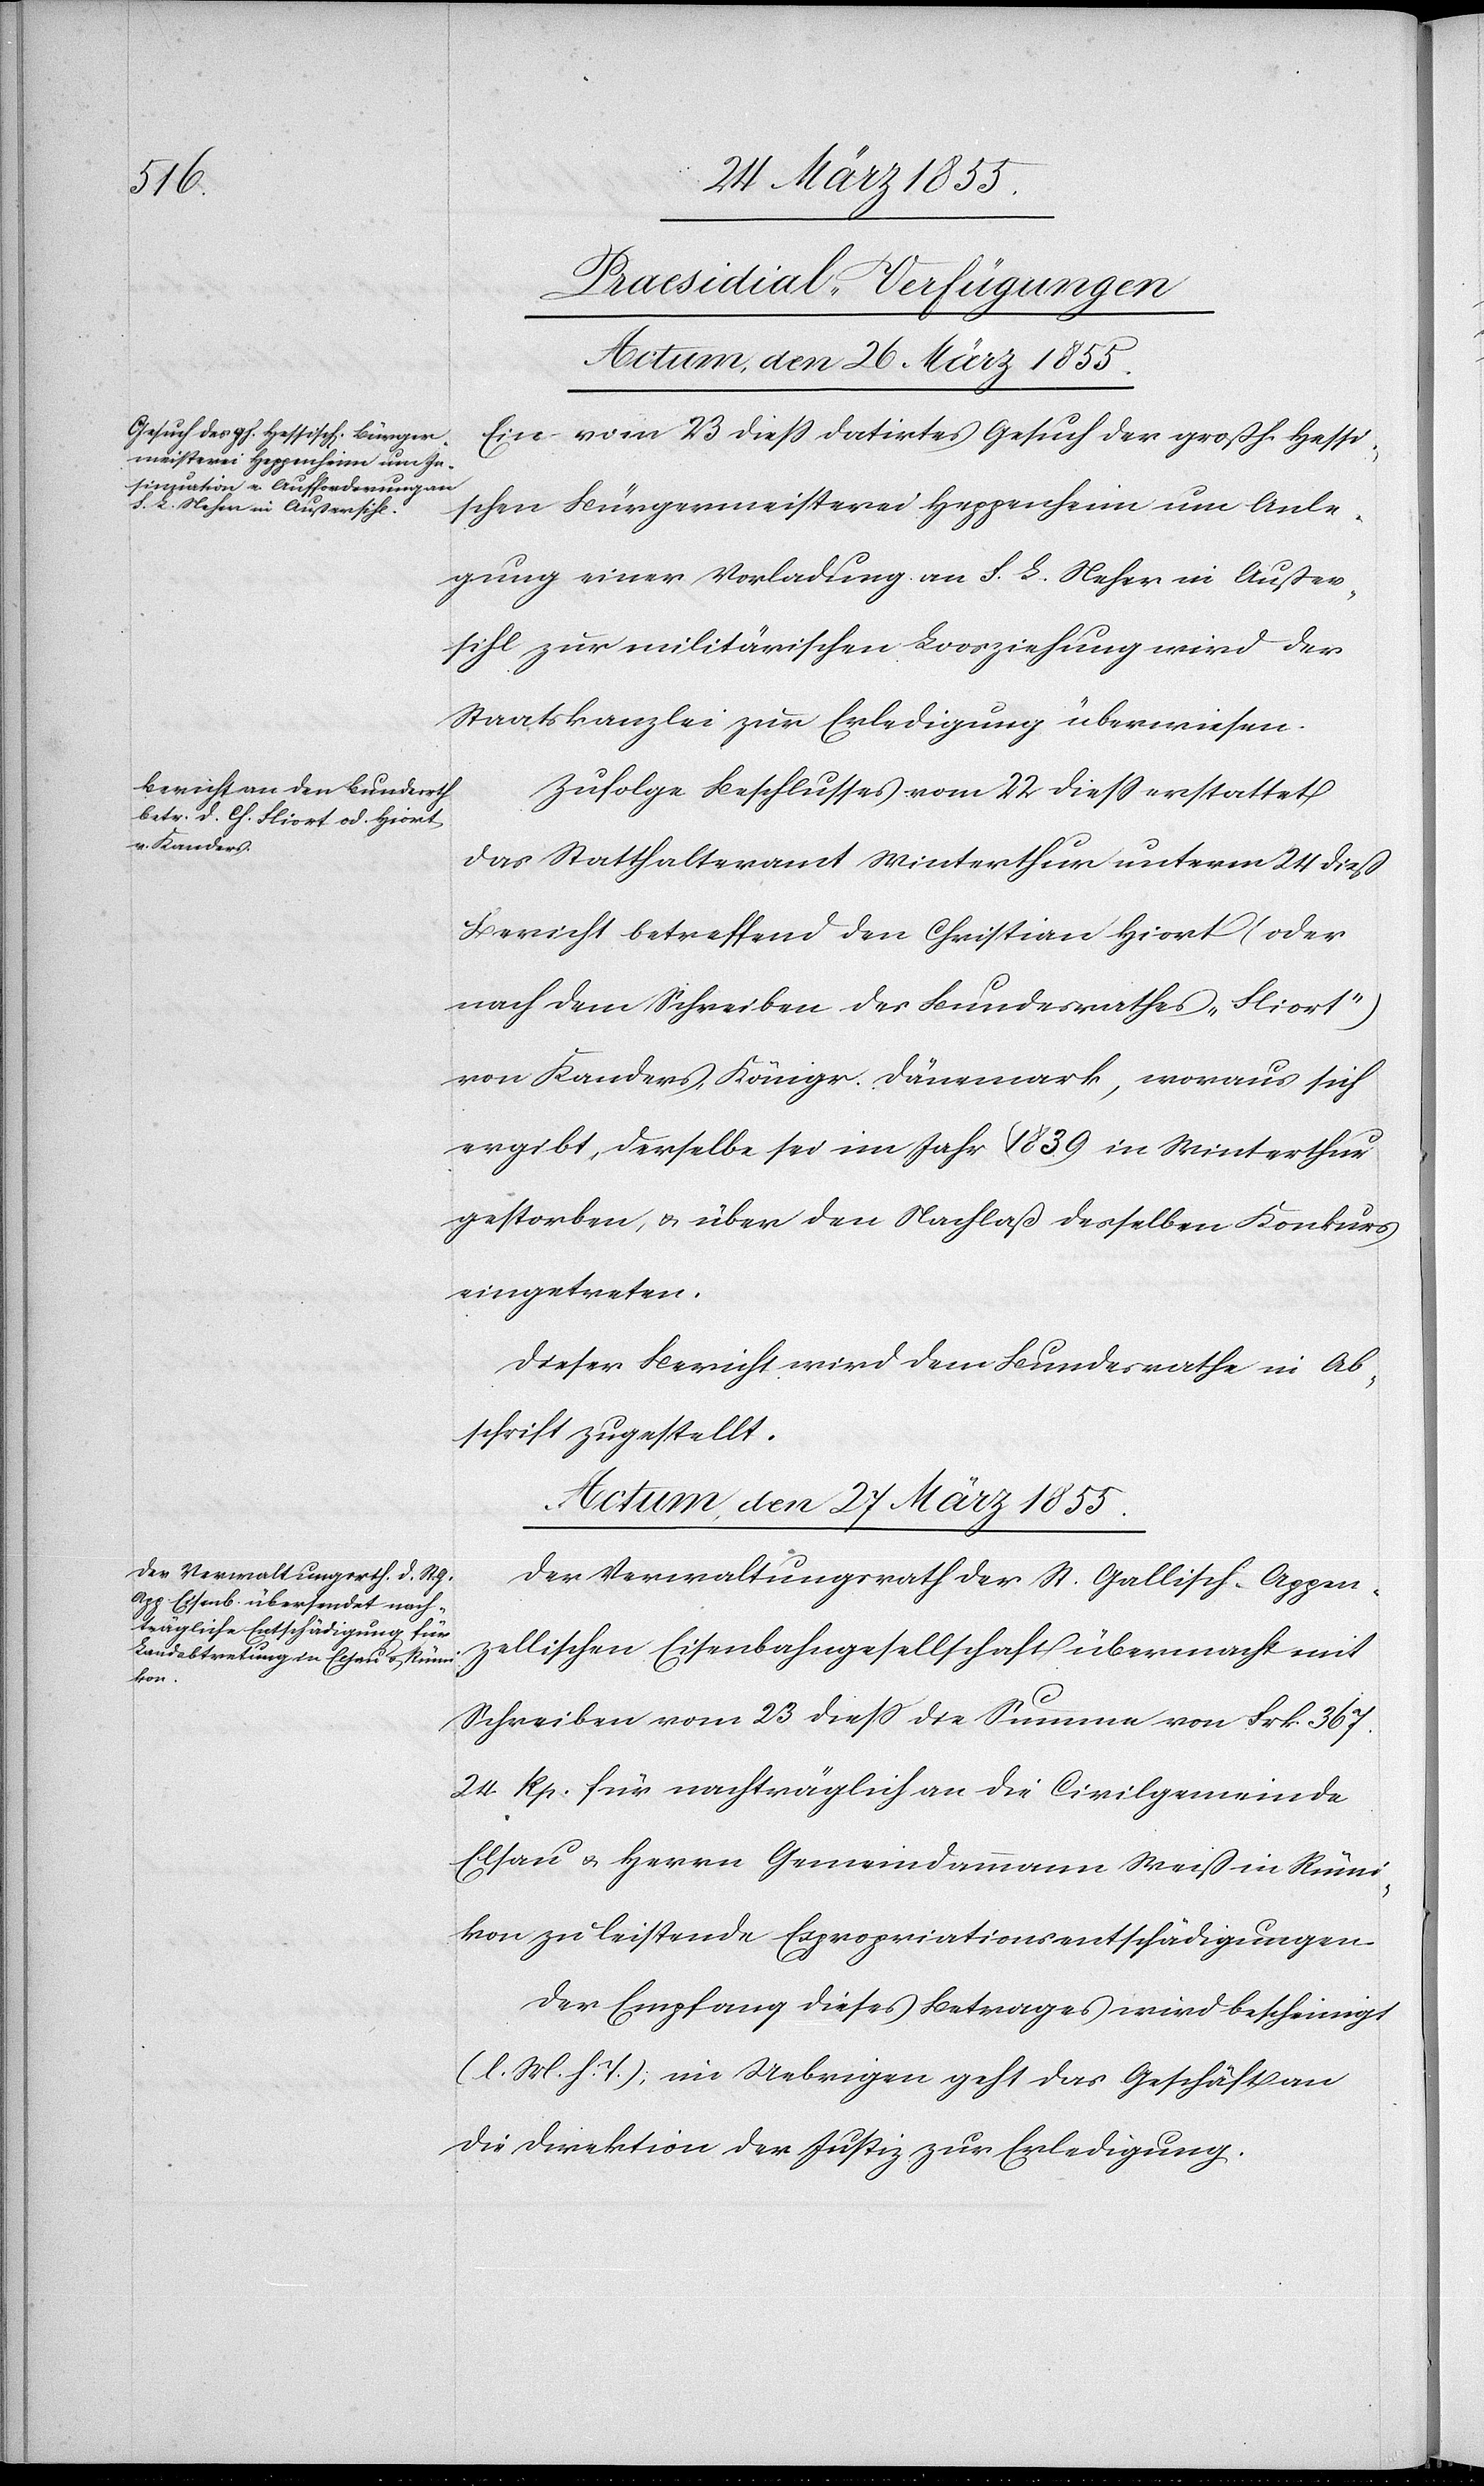
[Praesidial-Verfügungen]
Actum, den 26 März 1855.
Ein vom 23 diess datirtes Gesuch der großh. Hessi¬
schen Bürgermeisterei Heppenheim um Anle¬
gung einer Vorladung an F. L. Neher in Außer¬
sihl zur militärischen Loosziehung wird der
Staatskanzlei zur Erledigung überwiesen.
Zufolge Beschlusses vom 22 diess erstattet
das Statthalteramt Winterthur unterm 24 dieß
Bericht betreffend den Christian Hiort (oder
nach dem Schreiben des Bundesrathes „Fliort“)
von Kanders, Königr. Dänemark, woraus sich
ergibt, derselbe sei im Jahr 1839 in Winterthur
gestorben, & über den Nachlaß desselben Konkurs
eingetreten.
Dieser Bericht wird dem Bundesrathe in Ab¬
schrift zugestellt.
Actum, den 27 März 1855.
Der Verwaltungsrath der St. Gallisch-Appen¬
zellischen Eisenbahngesellschaft übermacht mit
Schreiben vom 23 diess die Summe von Frk. 367.
24. Rp. für nachträglich an die Civilgemeinde
Elsau & Herrn Gemeindammann Weiß in Rümi¬
kon zu leistende Expropriationsentschädigungen.
Der Empfang dieses Betrages wird bescheinigt
(l. M. h. T.); im Uebrigen geht das Geschäft an
die Direktion der Justiz zur Erledigung.